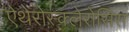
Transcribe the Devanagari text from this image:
ऐथेरोस्क्लेरोसिस